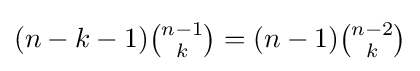
{\textstyle (n-k-1){\binom {n-1}{k}}=(n-1){\binom {n-2}{k}}}